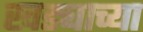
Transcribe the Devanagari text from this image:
खड्याच्या